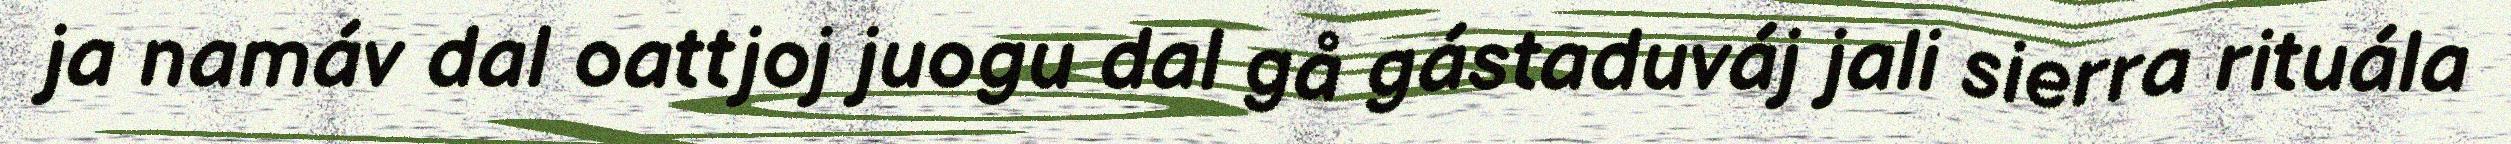
ja namáv dal oattjoj juogu dal gå gástaduváj jali sierra rituála